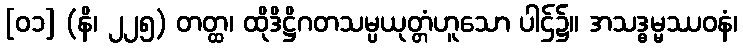
[၀၁] (နိ၊ ၂၂၅) တတ္ထ၊ ထိုဒိဋ္ဌိဂတသမ္ပယုတ္တံဟူသော ပါဌ်၌။ အသဒ္ဓမ္မဿဝနံ၊